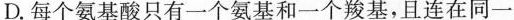
D.每个氨基酸只有一个氨基和一个羧基，且连在同一